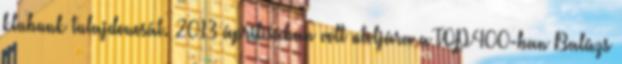
klubunk tulajdonosát. 2013 áprilisában volt utoljára a TOP400-ban Balázs